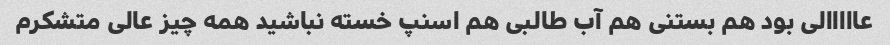
عااااالی بود هم بستنی هم آب طالبی هم اسنپ خسته نباشید همه چیز عالی متشکرم